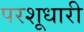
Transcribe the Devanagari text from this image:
परशूधारी